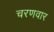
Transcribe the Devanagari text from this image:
चरणवार